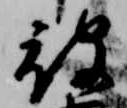
被